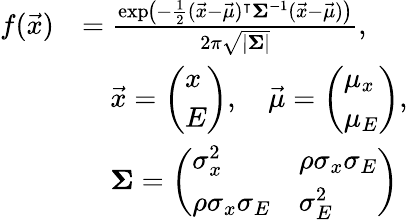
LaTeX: \begin{array}{rl}{f(\vec{x})}&{=\frac{\exp\! \big(-\frac{1}{2}(\vec{x}-\vec{\mu})^{\intercal}\mathbf{\Sigma}^{-1}(\vec{x}-\vec{\mu})\big)}{2\pi\sqrt{|\mathbf{\Sigma}|}},}\\ &{\quad\vec{x}=\left(\begin{array}{l}{x}\\ {E}\end{array}\right),\quad\vec{\mu}=\left(\begin{array}{l}{\mu_{x}}\\ {\mu_{E}}\end{array}\right),}\\ &{\quad\mathbf{\Sigma}=\left(\begin{array}{ll}{\sigma_{x}^{2}}&{\rho\sigma_{x}\sigma_{E}}\\ {\rho\sigma_{x}\sigma_{E}}&{\sigma_{E}^{2}}\end{array}\right)}\end{array}